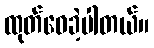
ထုတ်ဝေခဲ့ပါတယ်။